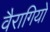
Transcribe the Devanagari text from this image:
वैरागियों